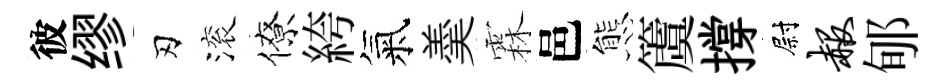
彼缪刃滚僚絝氣羮霖邑態𥵂撐尉赧郇